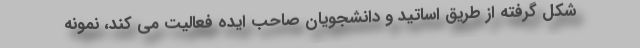
شکل گرفته از طریق اساتید و دانشجویان صاحب ایده فعالیت می کند، نمونه